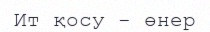
Ит қосу - өнер